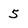
Character: 5